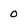
Character: 0